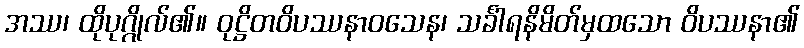
အဿ၊ ထိုပုဂ္ဂိုလ်၏။ ဝုဋ္ဌိတဝိပဿနာဝသေန၊ သင်္ခါရနိမိတ်မှထသော ဝိပဿနာ၏